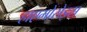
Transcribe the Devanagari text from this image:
हाएमोरोइस